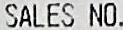
SALES NO.